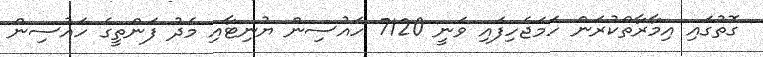
ގޮތުގައި އިމާރާތްކުރަން ހަމަޖެހިފައި ވަނީ 7120 ހައުސިން ޔުނިޓާއި މެދު ފަންތީގެ ހައުސިން